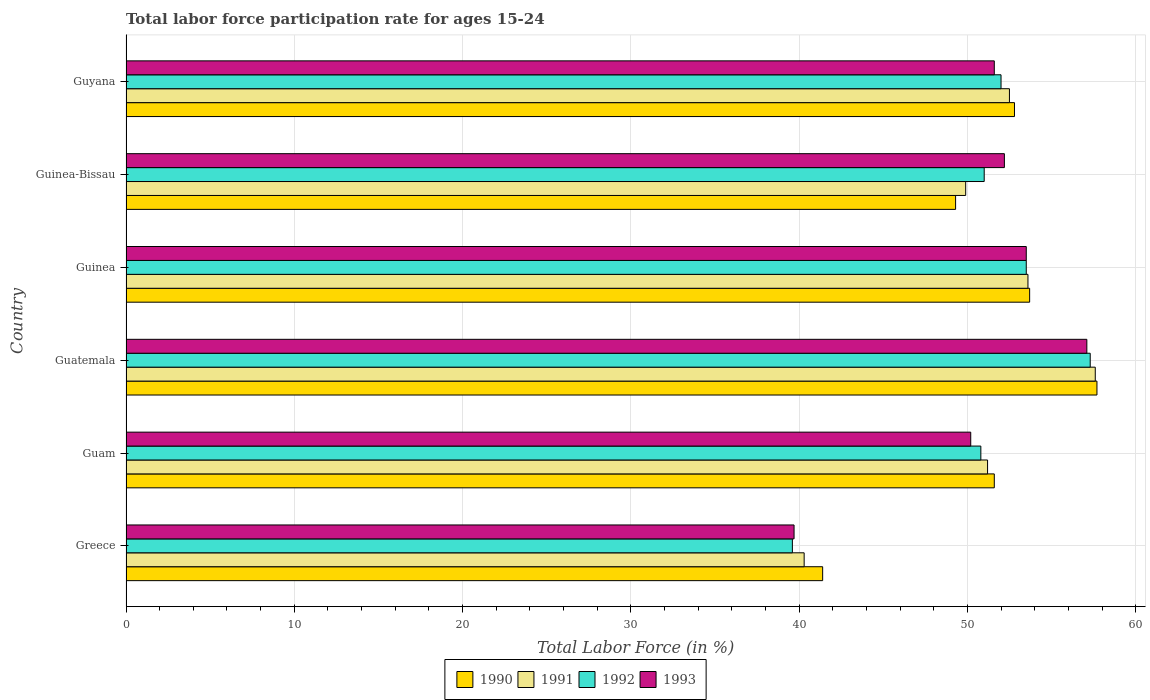
| Country | 1990 | 1991 | 1992 | 1993 |
 | --- | --- | --- | --- | --- |
 | Greece | 41.4 | 40.3 | 39.6 | 39.7 |
 | Guam | 51.6 | 51.2 | 50.8 | 50.2 |
 | Guatemala | 57.7 | 57.6 | 57.3 | 57.1 |
 | Guinea | 53.7 | 53.6 | 53.5 | 53.5 |
 | Guinea-Bissau | 49.3 | 49.9 | 51 | 52.2 |
 | Guyana | 52.8 | 52.5 | 52 | 51.6 |